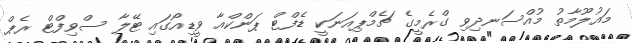
މައުލޫމާތު މުއްސަނދިވި ގްރެމީގެ ޗެމްޕިއަނަކީ ޑެފްޓް ޕަންކްއާ ވީޑިއޯގައި ޓޭލާ ސްވިފްޓް ރެޕް